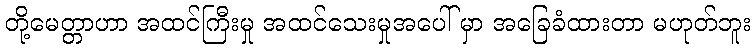
တို့မေတ္တာဟာ အထင်ကြီးမှု အထင်သေးမှုအပေါ် မှာ အခြေခံထားတာ မဟုတ်ဘူး